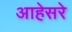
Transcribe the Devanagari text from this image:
आहेसरे